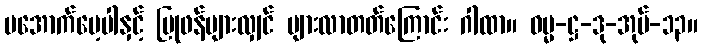
မအောက်မေ့ပါနှင့် ပြုဖန်များလျှင် များလာတတ်ကြောင်း ဂါထာ။ ဓမ္မ-ဋ္ဌ-ဒု-အုပ်-၁၃။